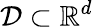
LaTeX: \mathcal{D}\subset\mathbb{R}^{d}